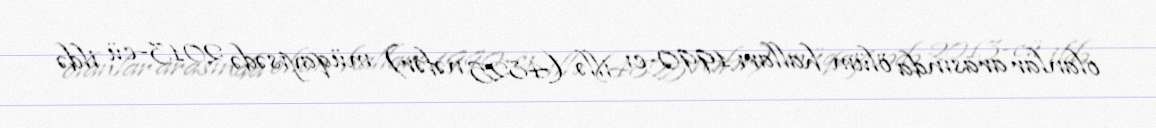
olanlar arasında ölüm halları 1990-cı illə (4825 nəfər) müqayisədə 2013-cü ildə